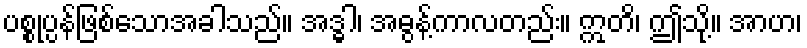
ပစ္စုပ္ပန်ဖြစ်သောအခါသည်။ အဒ္ဓါ၊ အဓွန့်ကာလတည်း။ ဣတိ၊ ဤသို့။ အာဟ၊